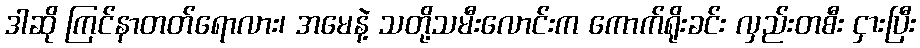
ဒါဆို ကြင်နာတတ်ရောလား၊ အမေနဲ့ သတို့သမီးလောင်းက ကောက်ရိုးခင်း လှည်းတစီး ငှားပြီး